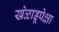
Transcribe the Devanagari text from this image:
खेळाडूपेक्षा